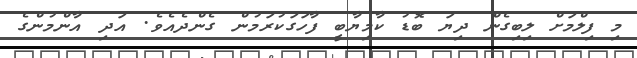
މި ފިލްމަށް ލިބިގެން ދިޔަ ބޮޑު ކާމިޔާބީ ފާހަގަކުރަމުން ގެންދެއެވެ. އަދި އާންމުންގެ